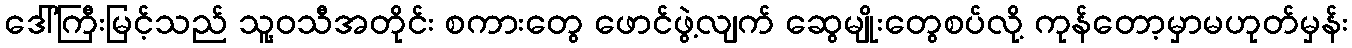
ဒေါ်ကြီးမြင့်သည် သူ့ဝသီအတိုင်း စကားတွေ ဖောင်ဖွဲ့လျက် ဆွေမျိုးတွေစပ်လို့ ကုန်တော့မှာမဟုတ်မှန်း